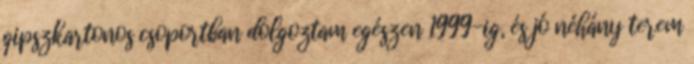
gipszkartonos csoportban dolgoztam egészen 1999-ig, és jó néhány terem